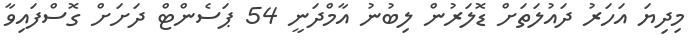
މިދިޔަ އަހަރު ދައުލަތަށް ޑޮލަރުން ލިބުނު އާމްދަނީ 54 ޕަސެންޓް ދަށަށް ގޮސްފައިވާ